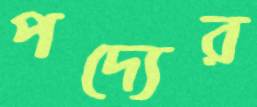
পদ্যের